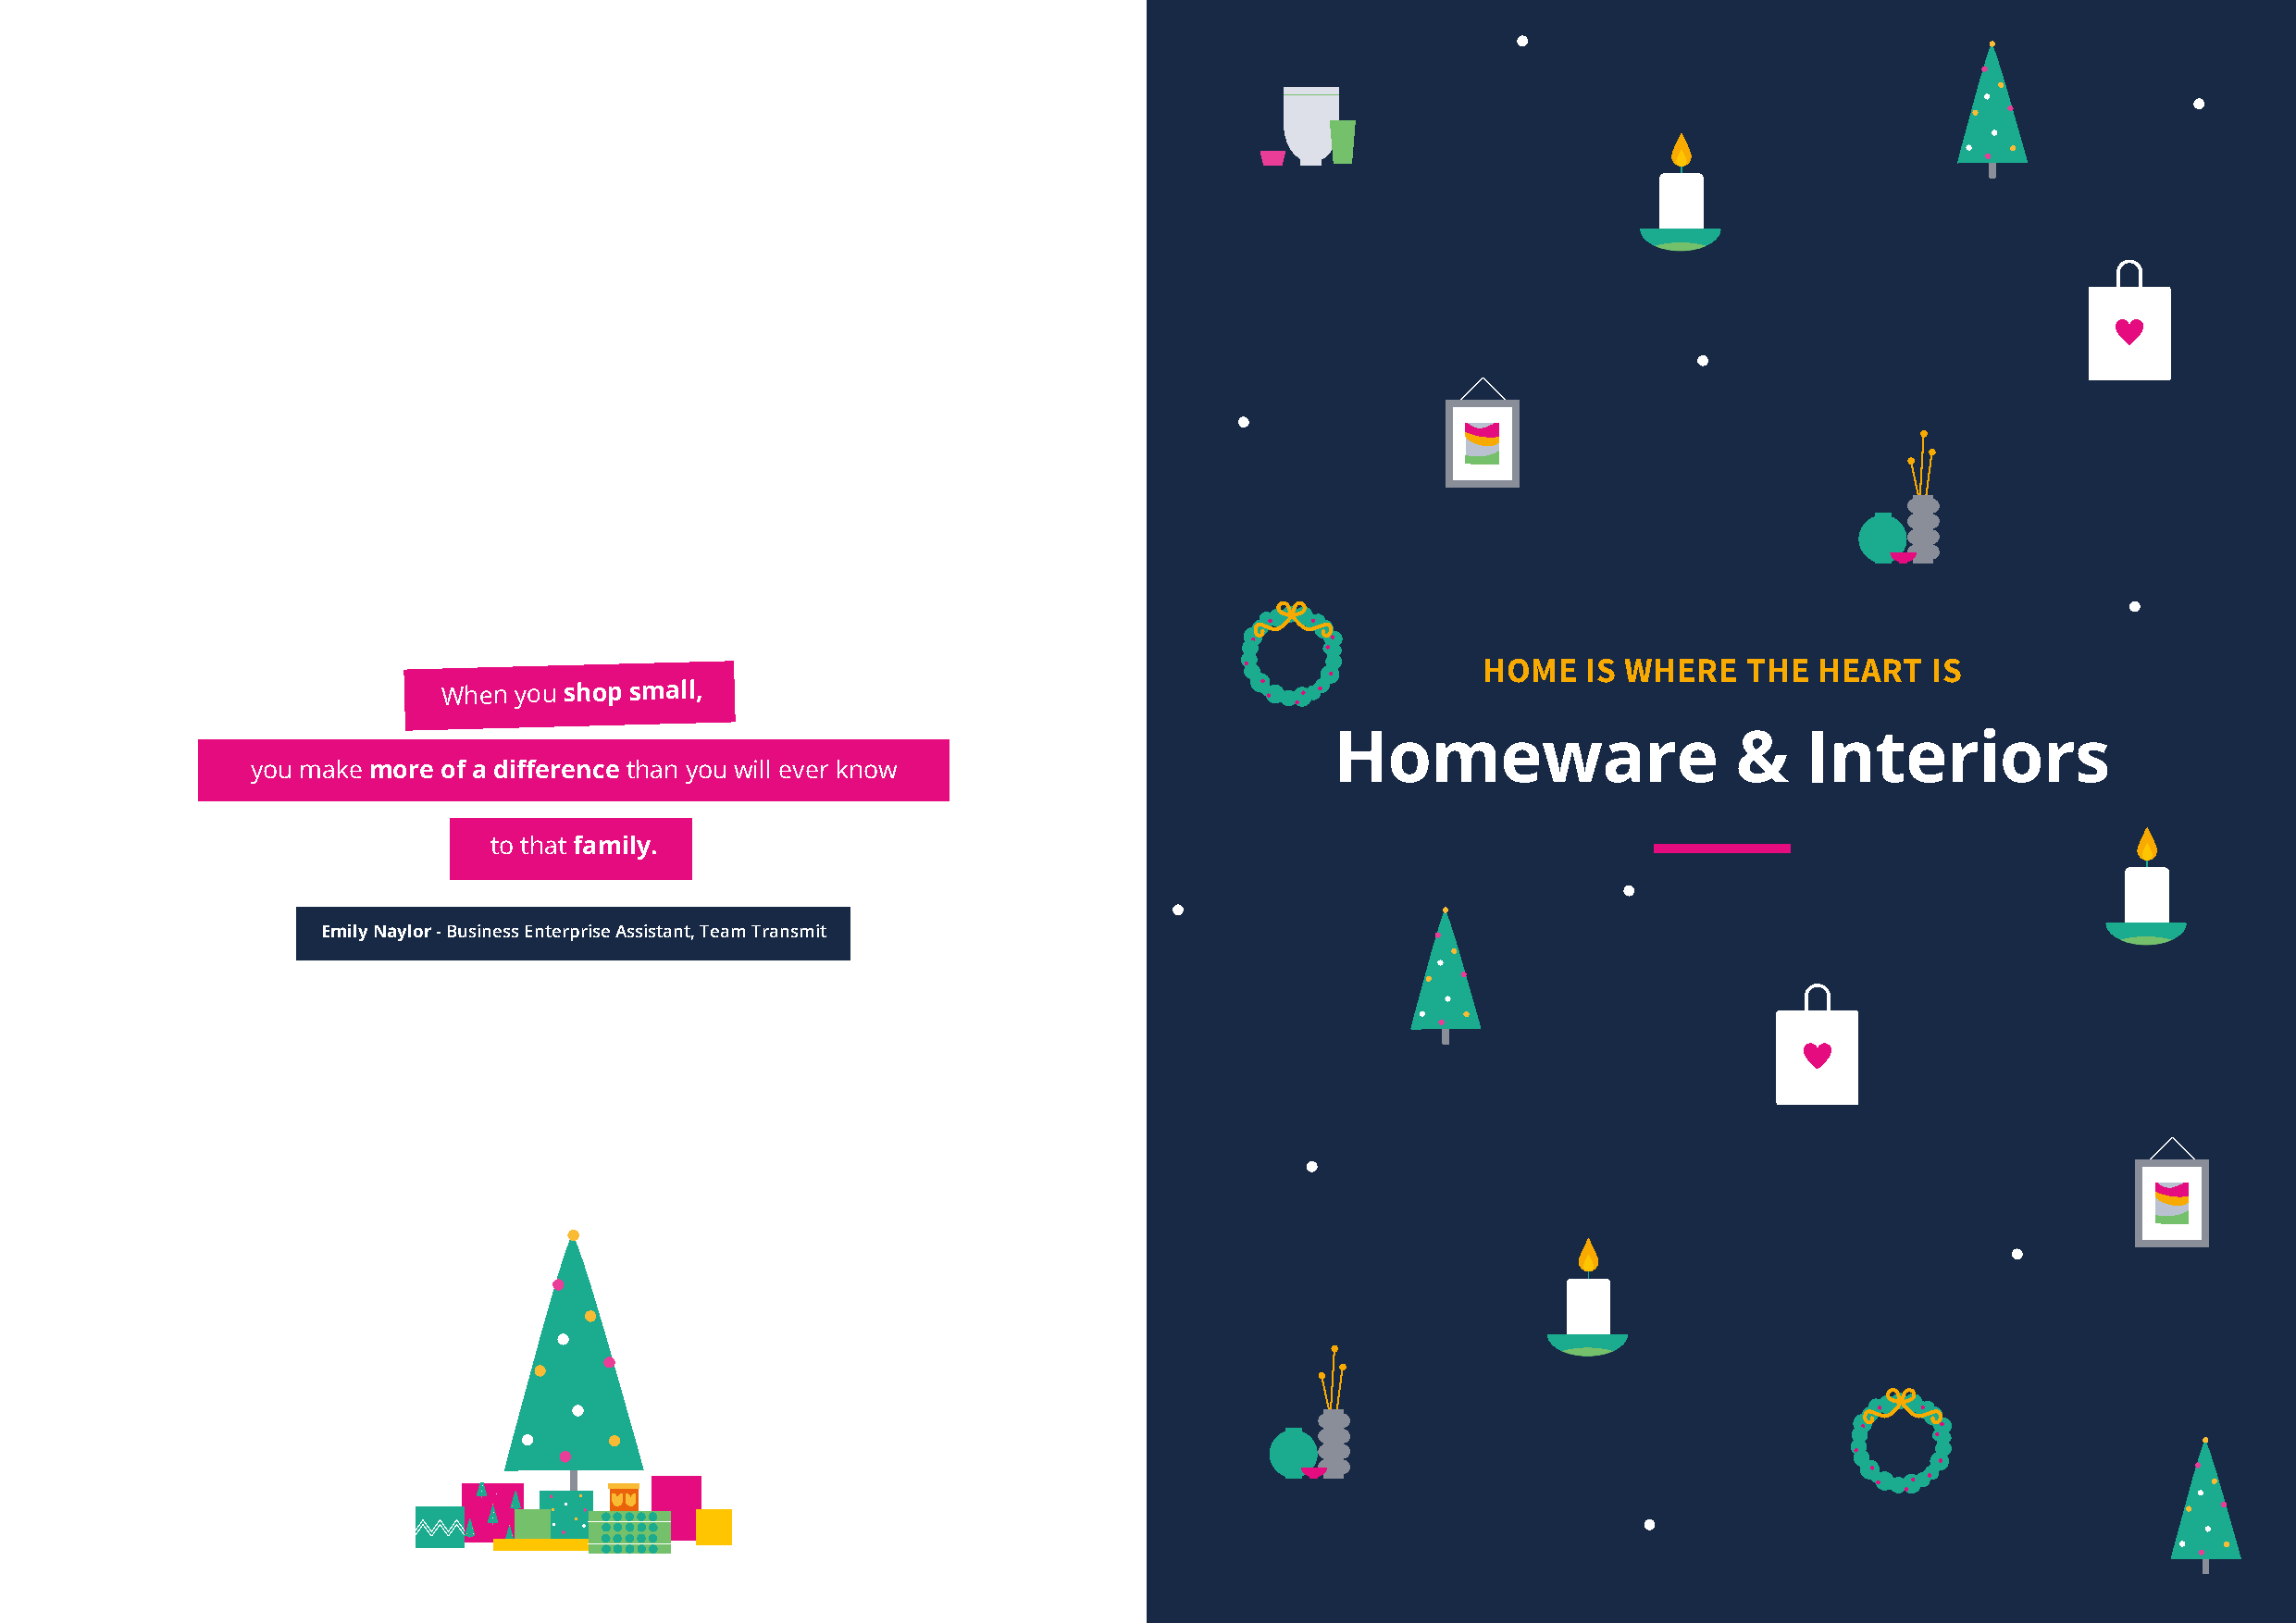
HOME   IS WHERE    THE  HEART   IS
 When you shop small,
 Homeware                     &    Interiors
 you make more of a difference than you will ever know
 to that family.
 Emily Naylor - Business Enterprise Assistant, Team Transmit